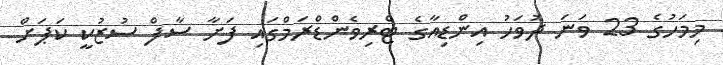
މިމަހުގެ 23 ވަނަ ދުވަހު އިންޑިއާގެ ޓްރިވެންޑްރަމްގައި ފަށާ ސާފް ސުޒުކީ ކަޕަށް